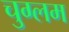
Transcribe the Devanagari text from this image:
चुग्लम